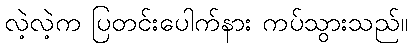
လဲ့လဲ့က ပြတင်းပေါက်နား ကပ်သွားသည်။